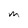
Character: m